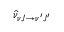
\hat { \nu } _ { \nu J \rightarrow \nu ^ { \prime } J ^ { \prime } }